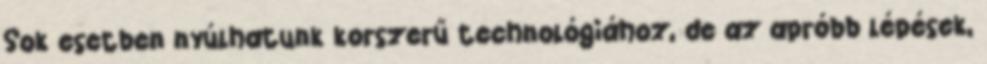
Sok esetben nyúlhatunk korszerű technológiához, de az apróbb lépések,